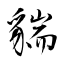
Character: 貒